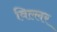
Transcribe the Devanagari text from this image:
विल्लर